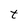
Character: t